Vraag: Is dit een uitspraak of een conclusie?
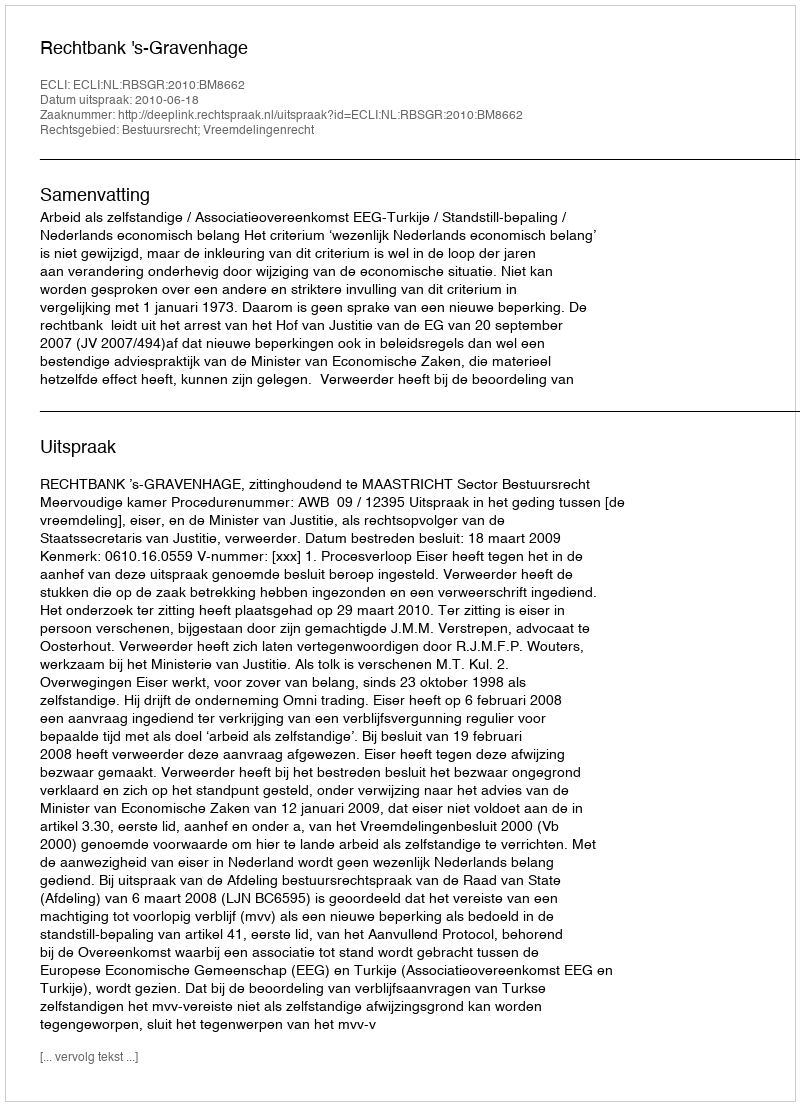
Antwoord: Uitspraak